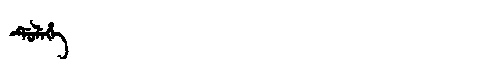
Manchu: ᡩᡠᠯᡝᡥᡝ
Romanization: DULEHE